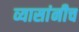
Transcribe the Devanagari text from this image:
व्यासांनीच